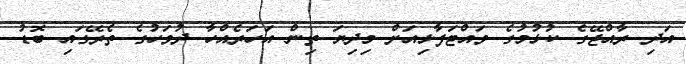
އަދި ރާއްޖޭގެ ކުޅުމުގެ ވައްޓަފާޅިއަށް މިދިޔަ ތިން އަހަރެއްހާ ދުވަހުގެ ތެރޭގައި ބޮޑު